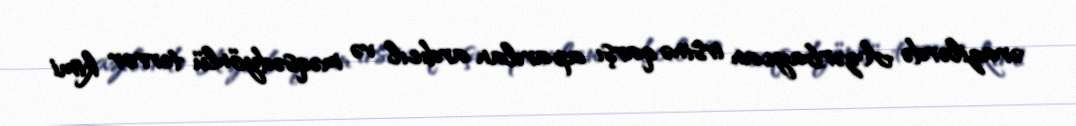
ərazilərdə Azərbaycan irsinə qarşı aparılan ardıcıl və məqsədyönlü terror kimi